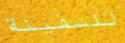
للسفينة